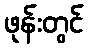
ဖုန်းတွင်